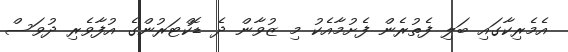
އެމެރިކާގައި ބަލި ފެތުރެން ފެށުމާއެކު މި ޒުވާން ދެ ޑޮކްޓަރުންގެ އުފާވެރި ދުވަސް